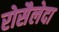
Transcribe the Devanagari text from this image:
रोसैलेदा